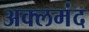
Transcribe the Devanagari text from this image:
अक्लमंद